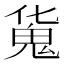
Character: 𩲜